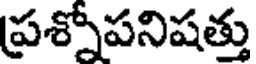
ప్రశ్నోపనిషత్తు